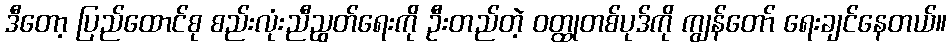
ဒီတော့ ပြည်ထောင်စု စည်းလုံးညီညွတ်ရေးကို ဦးတည်တဲ့ ဝတ္ထုတစ်ပုဒ်ကို ကျွန်တော် ရေးချင်နေတယ်။